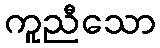
ကူညီသော